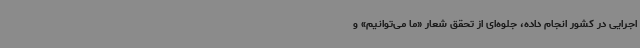
اجرایی در کشور انجام داده، جلوه‌ای از تحقق شعار «ما می‌توانیم» و